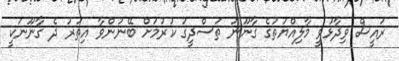
ރައީސް ވިދާޅުވީ މާލިއްޔަތުގެ ގާނޫނު ތަސްދީގު ކުރުމަށް ބޭނުންވާ އިތުރު ދެ ގާނޫނަކީ